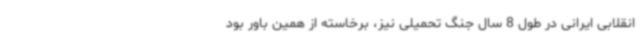
انقلابی ایرانی در طول 8 سال جنگ تحمیلی نیز، برخاسته از همین باور بود